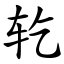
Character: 䢀